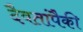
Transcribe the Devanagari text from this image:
दैवतांपैकी